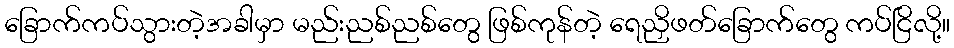
ခြောက်ကပ်သွားတဲ့အခါမှာ မည်းညစ်ညစ်တွေ ဖြစ်ကုန်တဲ့ ရေညှိဖတ်ခြောက်တွေ ကပ်ငြိလို့။